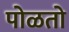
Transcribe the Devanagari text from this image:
पोळतो